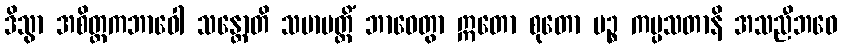
ဒိသွာ အစိတ္တကဘာဝေါ သန္တောတိ သမာပတ္တိံ ဘာဝေတွာ ဣတော စုတော ပဉ္စ ကပ္ပသတာနိ အသညီဘဝေ